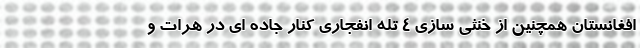
افغانستان همچنین از خنثی سازی ۴ تله انفجاری کنار جاده ای در هرات و